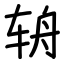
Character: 辀